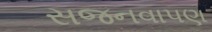
સજનવાપણ